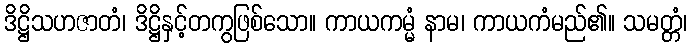
ဒိဋ္ဌိသဟဇာတံ၊ ဒိဋ္ဌိနှင့်တကွဖြစ်သော။ ကာယကမ္မံ နာမ၊ ကာယကံမည်၏။ သမတ္တံ၊